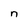
Character: n